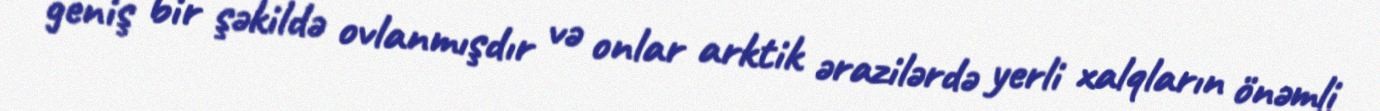
geniş bir şəkildə ovlanmışdır və onlar arktik ərazilərdə yerli xalqların önəmli